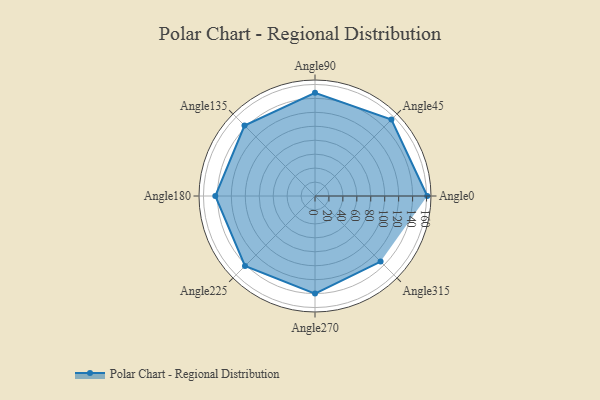
{"axis": {"x": "Angle", "y": "Radius"}, "legend": [""], "data": [{"x": "Angle0", "y": 161.0, "type": ""}, {"x": "Angle45", "y": 155.0, "type": ""}, {"x": "Angle90", "y": 148.0, "type": ""}, {"x": "Angle135", "y": 143.0, "type": ""}, {"x": "Angle180", "y": 143.0, "type": ""}, {"x": "Angle225", "y": 142.0, "type": ""}, {"x": "Angle270", "y": 140.0, "type": ""}, {"x": "Angle315", "y": 133.0, "type": ""}]}